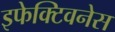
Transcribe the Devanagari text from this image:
इफेक्टिवनेस